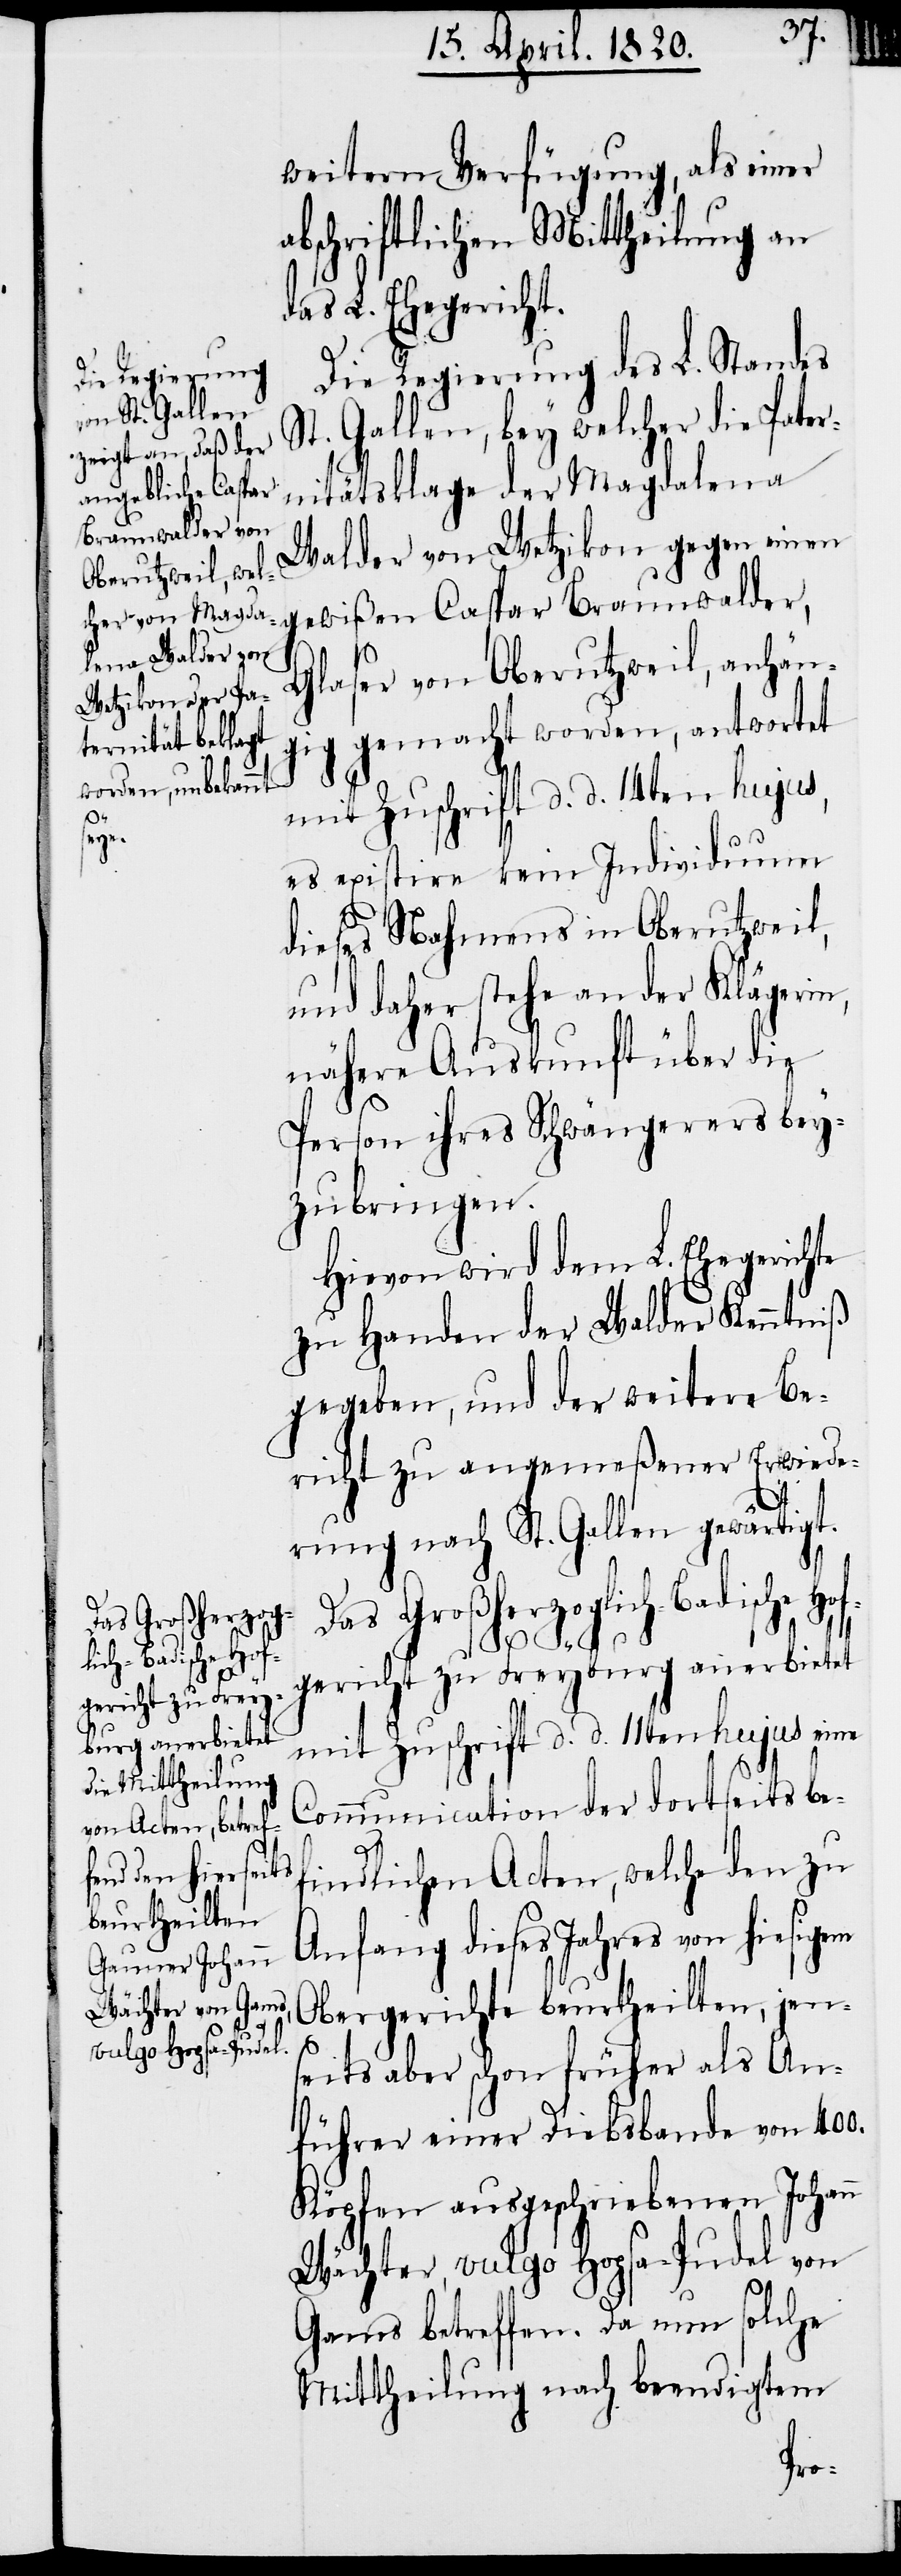
weitern Verfügung, als einer
abschriftlichen Mittheilung an
das L. Ehegericht.
Die Regierung des L. Standes
St. Gallen, bey welcher die Pa¬
Walder von Wetzikon gegen ein¬
en gewißen Caspar Braunwalder,
Glaser von Oberutzweil, anhän¬
gig gemacht worden, antwortet
ternitätsklage
mit Zuschrift d. d. 14ten hujus,
es existire kein Individuum
dieses Nahmens in Oberutzweil,
und daher stehe an der Klägerin,
nähere Auskunft über die
Person ihres Schwängerers bey¬
zubringen.
Hievon wird dem L. Ehegerichte
zu Handen der Walder Kenntniß
gegeben, und der weitere Be¬
richt zu angemeßener Erwiede¬
rung nach St. Gallen gewärtigt.
Das Großherzoglich-Badische Hof¬
gericht zu Freyburg anerbietet
mit Zuschrift d. d. 11ten hujus eine
Communication der dortseits be¬
ndlichen Acten, welche den zu
Anfang dieses Jahres von hiesigem
Obergerichte beurtheilten, jen¬
seits aber schon früher als An¬
führer einer Diebsbande von 400.
Köpfen ausgeschriebenen Johann
Wächter, vulgo Hopsa-Pudel von
Gams betreffen. Da nun solche
Mittheilung nach beendigtem
fi¬